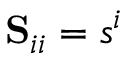
\mathbf { S } _ { i i } = s ^ { i }